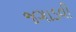
જગાડવી